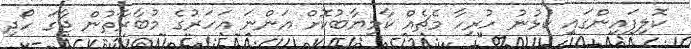
ކޮލިފައިންގައި ކުޅުނު ހުރިހާ މެޗެއް ކާމިޔާބުކޮށް އަންނަ އަހަރުގެ މުބާރާތުން ޖާގަ ހޯދި